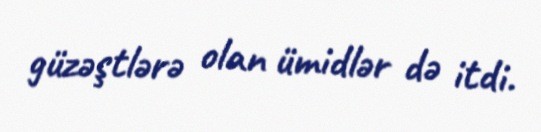
güzəştlərə olan ümidlər də itdi.